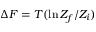
\Delta F = T ( \ln Z _ { f } / Z _ { i } )